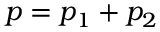
\boldsymbol { p = p _ { 1 } + p _ { 2 } }